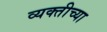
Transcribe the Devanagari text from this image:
व्‍यक्‍तीच्‍या